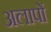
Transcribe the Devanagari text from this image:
अलापों